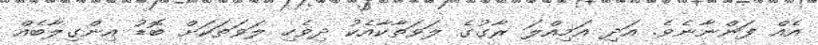
އެއް ފަންނާނެވެ. އަދި އަމިއްލަ ރާގުގެ ލަވަތާކާއެކު ދިވެހި ލަވަތަކަށް ބޮޑު އިންގިލާބެއް